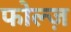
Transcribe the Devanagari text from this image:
फोल्ज़